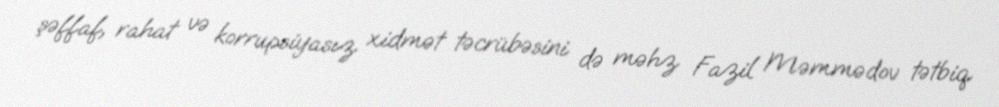
şəffaf, rahat və korrupsiyasız xidmət təcrübəsini də məhz Fazil Məmmədov tətbiq